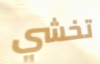
تخشي